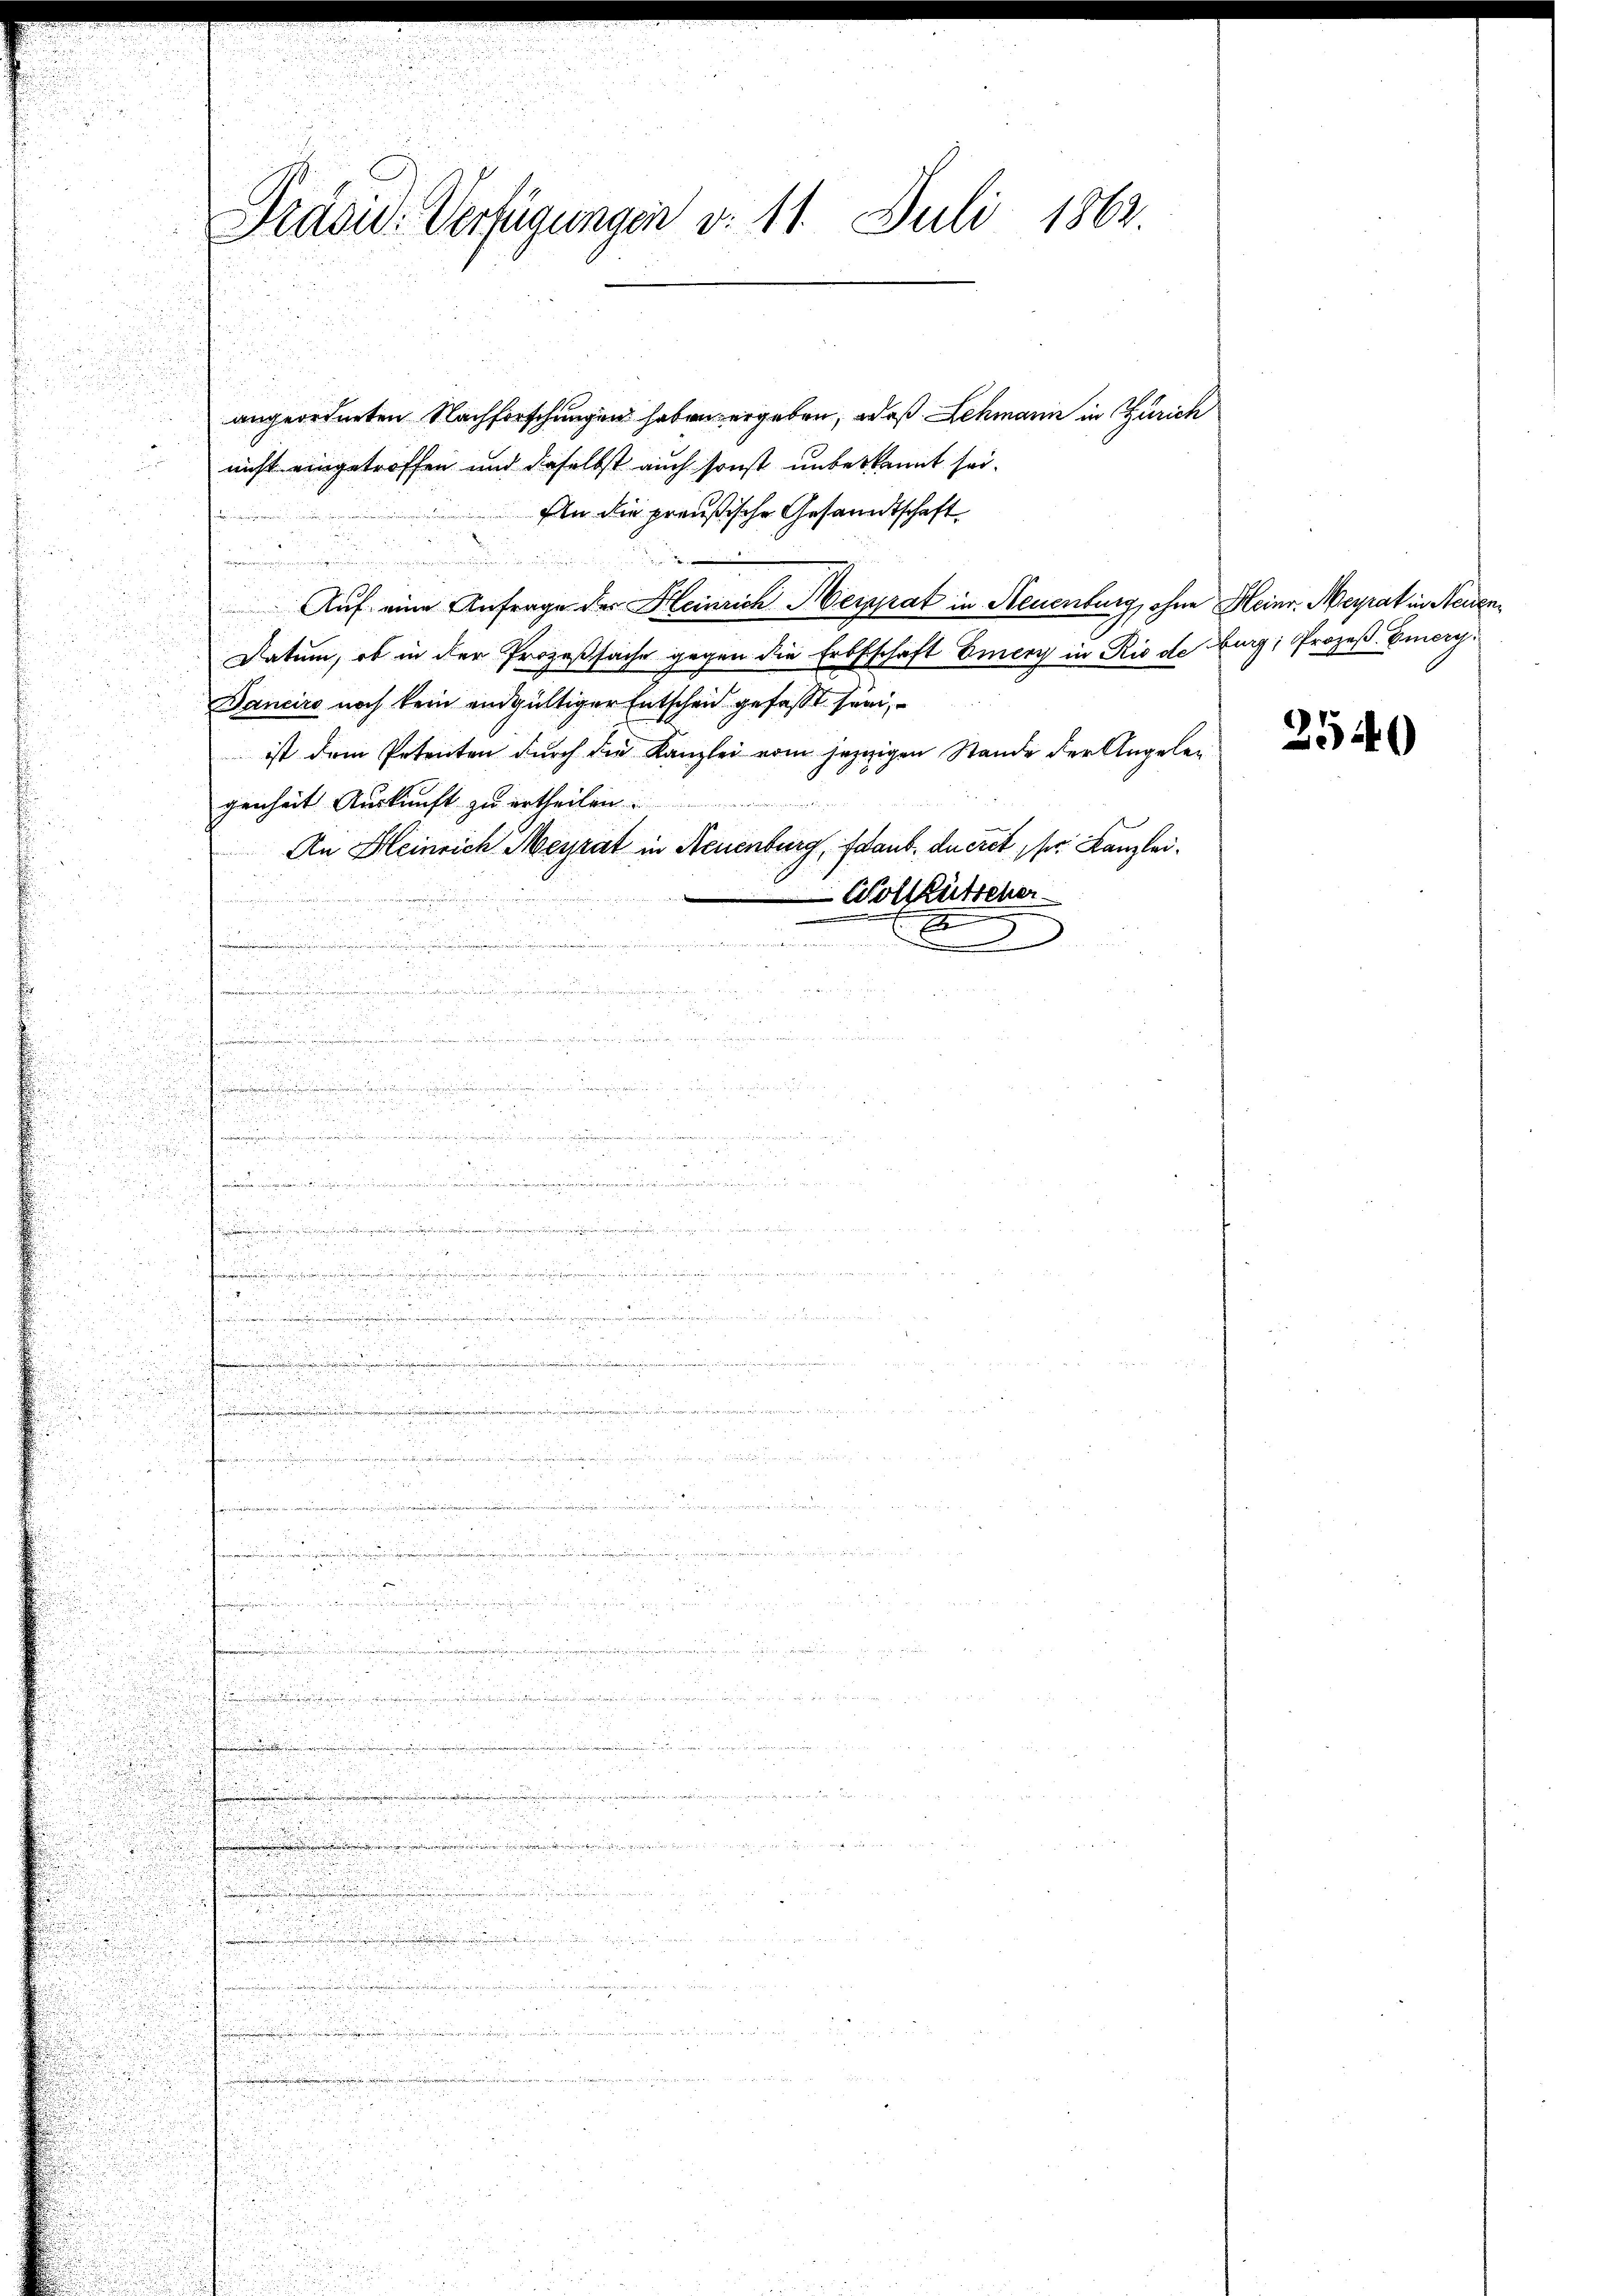
Präsid. Verfügungen v. 11. Juli 1862.

angeordneten Nachforschungen haben ergeben, daß Schmann in Zürich
nicht eingetroffen und daselbst auch sonst unbekannt sei.
Ein die preußische Gesandtschaft
e
derungen
Auf eine Anfrage des Heinrich Meippat in Neuenburg, ohne Heinr. Heyrat in Neuen¬
Datum, ob in der Prozeßsache gegen die Erbschaft Emery in Rio de Burg; Prozeß. Eiery
Danciro noch kein endgültiger Entscheid gefaßt sein,
ist dem Petenten durch die Kanzlei vom jezigen Stande der Angeleg
genheit Auskunft zu ertheilen
An Heinrich Meyrat in Neuenburg, Staub, ducret ser Kanzlei.
Wollütscher
n
d
e
.
denden der den werde
r
un
d
.
5
du wenn

.

¬

.

e

.
5
2
du suchen und dur
5
m

5

r

un ist
heit zu den und der auch den sei de
5
.
ver.

12
n
.
.

i
de 25 ten
h

52 x

.

h
i
.
.
.
e
2
.
d
.
e
e

.

2540